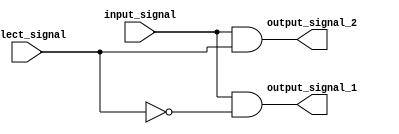
module demux_1to2 (
    input input_signal,
    input select_signal,
    output output_signal_1,
    output output_signal_2
);

assign output_signal_1 = input_signal & ~select_signal;
assign output_signal_2 = input_signal & select_signal;

endmodule